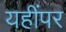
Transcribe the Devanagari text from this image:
यहींपर